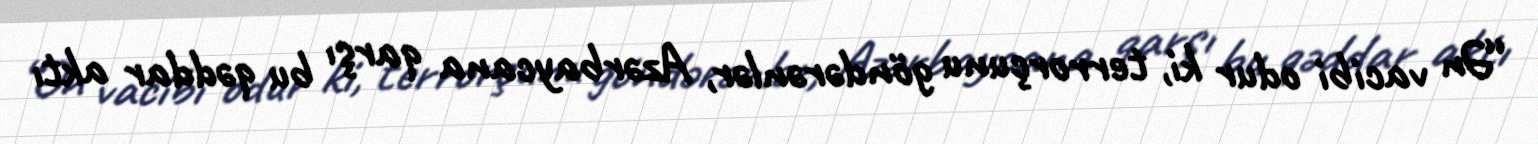
“Ən vacibi odur ki, terrorçunu göndərənlər, Azərbaycana qarşı bu qəddar aktı